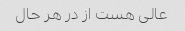
عالی هست از در هر حال